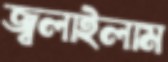
জ্বলাইলাম